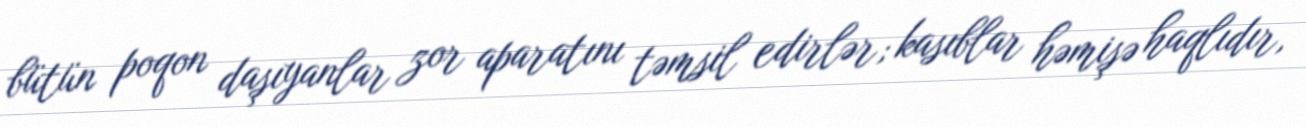
bütün poqon daşıyanlar zor aparatını təmsil edirlər; kasıblar həmişə haqlıdır,